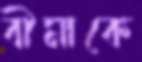
বীমাকে